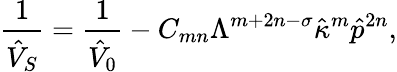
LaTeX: \frac{1}{\hat{V}_{S}}=\frac{1}{\hat{V}_{0}}-C_{mn}\Lambda^{m+2n-\sigma}\hat{\kappa}^{m}\hat{p}^{2n},